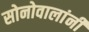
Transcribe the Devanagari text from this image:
सोनोवालांनी